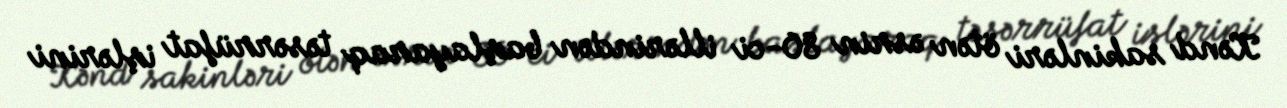
Kənd sakinləri ötən əsrin 80-ci illərindən başlayaraq təsərrüfat işlərini